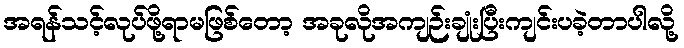
အရန်သင့်လုပ်ဖို့ရာမဖြစ်တော့ အခုလိုအကျဉ်းချုံးပြီးကျင်းပခဲ့တာပါလို့